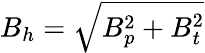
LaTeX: B_{h}=\sqrt{B_{p}^{2}+B_{t}^{2}}